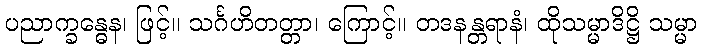
ပညာက္ခန္ဓေန၊ ဖြင့်။ သင်္ဂဟိတတ္တာ၊ ကြောင့်။ တဒနန္တရာနံ၊ ထိုသမ္မာဒိဋ္ဌိ သမ္မာ